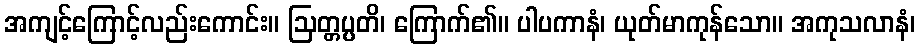
အကျင့်ကြောင့်လည်းကောင်း။ ဩတ္တပ္ပတိ၊ ကြောက်၏။ ပါပကာနံ၊ ယုတ်မာကုန်သော။ အကုသလာနံ၊